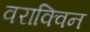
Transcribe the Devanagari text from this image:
वराक्विन